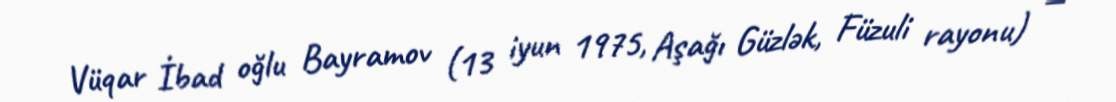
Vüqar İbad oğlu Bayramov (13 iyun 1975, Aşağı Güzlək, Füzuli rayonu) —